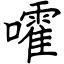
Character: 嚯